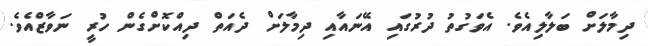
ދިމާލަށް ބަލާލިއެވެ. އެވަގުތު ދުރުގައި އޭނައާއި ދިމާލަށް ދެއަތް ދިއްކޮށްގެން ހުރީ ނަވާޒްއެވެ.